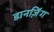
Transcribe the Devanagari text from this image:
डानज़िंग